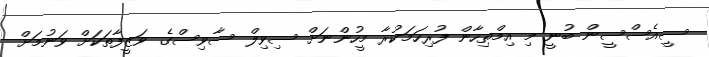
ސީއެސްސީން ބުނީ މި އިމްތިހާން ފުރިހަމަކުރާ މީހުންނަށް ސިވިލް ސާވިސްގެ ވަޒީފާތަކަށް ވަނުމަށް